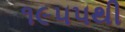
૧૯૫૫થી